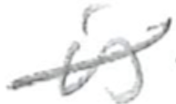
Text: is
Cross-out: diagonal
Writing tool: pencil